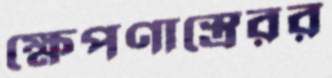
ক্ষেপণাস্ত্রেরর